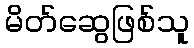
မိတ်ဆွေဖြစ်သူ